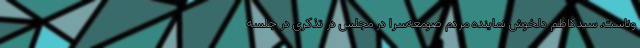
وناست. سیدکاظم دلخوش نماینده مردم صومعه‌سرا در مجلس در تذکری در جلسه